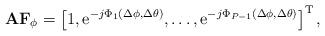
LaTeX: \begin{align*}\mathbf{AF}_{\phi } = \left[ 1, \textrm{e}^{-j\Phi _{1}(\Delta \phi ,\Delta \theta )}, \ldots ,\textrm{e}^{-j\Phi _{P-1}(\Delta \phi ,\Delta \theta )}\right] ^{\textrm{T}},\end{align*}